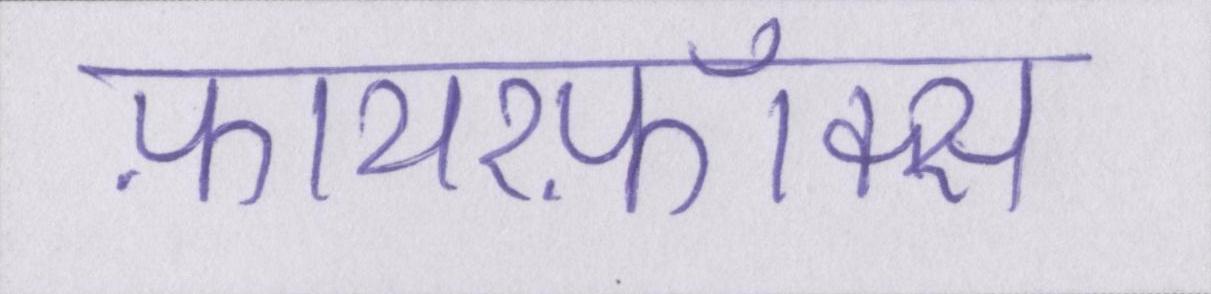
फ़ायरफ़ॉक्स